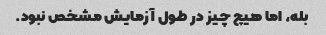
بله، اما هیچ چیز در طول آزمایش مشخص نبود.